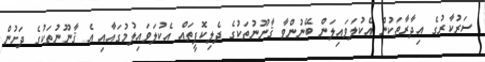
ސަރުކާރުގެ އިދާރާތަކުން އެކުލަވައިލަން ބޭނުންވާ ޤާނޫނުތަކުގެ ދެލިކޮޕީތައް އެކުލަވައިލުމުގައާއި އެ ޤާނޫނުތަކުގެ ދަށުން